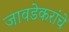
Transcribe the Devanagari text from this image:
जावडेकरांचे